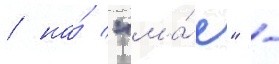
/ на́ "ма́е" -